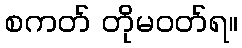
စကတ် တိုမဝတ်ရ။